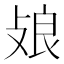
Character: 𢽂